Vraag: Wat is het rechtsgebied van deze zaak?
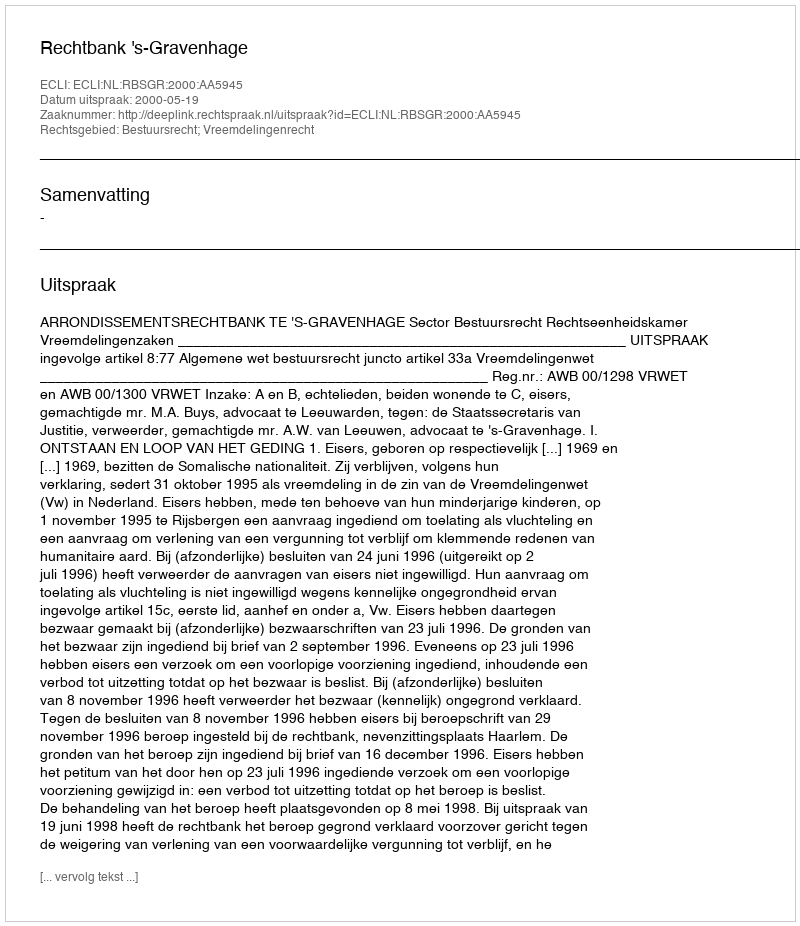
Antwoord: Bestuursrecht; Vreemdelingenrecht